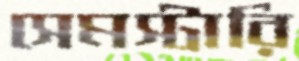
সেমস্টারি